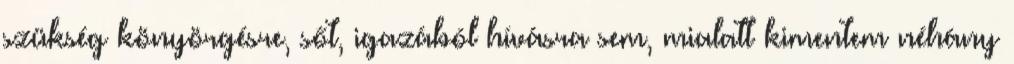
szükség könyörgésre, sőt, igazából hívásra sem, mialatt kimentem néhány